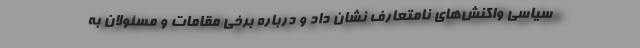
سیاسی واکنش‌های نامتعارف نشان داد و درباره برخی مقامات و مسئولان به